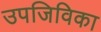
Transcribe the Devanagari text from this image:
उपजिविका